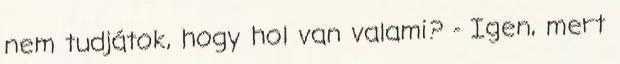
nem tudjátok, hogy hol van valami? - Igen, mert